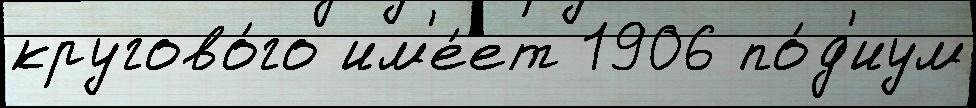
кругово́го им'е́ет 1906 по́д'иум